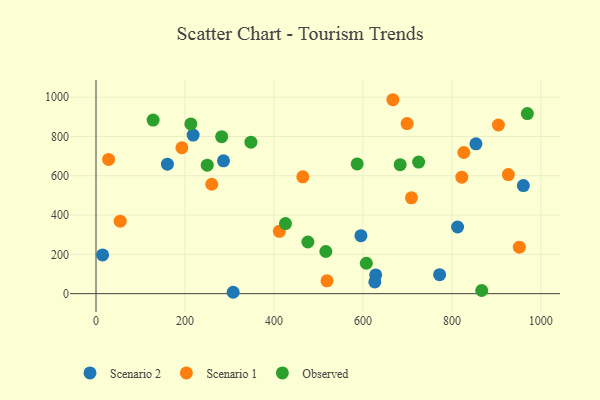
{"axis": {"x": "Experience", "y": "Demand"}, "legend": ["Observed", "Scenario 1", "Scenario 2"], "data": [{"x": "218.3", "y": 807.1, "type": "Scenario 2"}, {"x": "812.8", "y": 339.2, "type": "Scenario 2"}, {"x": "286.6", "y": 675.8, "type": "Scenario 2"}, {"x": "628.7", "y": 95.5, "type": "Scenario 2"}, {"x": "772.4", "y": 96.7, "type": "Scenario 2"}, {"x": "160.5", "y": 658.9, "type": "Scenario 2"}, {"x": "595.5", "y": 295.0, "type": "Scenario 2"}, {"x": "14.9", "y": 197.0, "type": "Scenario 2"}, {"x": "308.3", "y": 7.0, "type": "Scenario 2"}, {"x": "854.1", "y": 762.6, "type": "Scenario 2"}, {"x": "960.7", "y": 550.2, "type": "Scenario 2"}, {"x": "626.8", "y": 59.6, "type": "Scenario 2"}, {"x": "709.1", "y": 487.7, "type": "Scenario 1"}, {"x": "904.6", "y": 858.4, "type": "Scenario 1"}, {"x": "826.9", "y": 718.3, "type": "Scenario 1"}, {"x": "519.2", "y": 65.1, "type": "Scenario 1"}, {"x": "28.3", "y": 683.4, "type": "Scenario 1"}, {"x": "926.9", "y": 606.1, "type": "Scenario 1"}, {"x": "193.1", "y": 742.5, "type": "Scenario 1"}, {"x": "667.4", "y": 987.0, "type": "Scenario 1"}, {"x": "464.9", "y": 594.8, "type": "Scenario 1"}, {"x": "699.3", "y": 865.4, "type": "Scenario 1"}, {"x": "412.1", "y": 317.4, "type": "Scenario 1"}, {"x": "951.6", "y": 236.3, "type": "Scenario 1"}, {"x": "54.4", "y": 368.7, "type": "Scenario 1"}, {"x": "822.3", "y": 592.8, "type": "Scenario 1"}, {"x": "260.2", "y": 556.9, "type": "Scenario 1"}, {"x": "250.1", "y": 653.7, "type": "Observed"}, {"x": "516.7", "y": 214.6, "type": "Observed"}, {"x": "969.7", "y": 916.4, "type": "Observed"}, {"x": "867.1", "y": 16.1, "type": "Observed"}, {"x": "725.2", "y": 669.7, "type": "Observed"}, {"x": "425.9", "y": 356.6, "type": "Observed"}, {"x": "683.7", "y": 656.6, "type": "Observed"}, {"x": "476.3", "y": 262.9, "type": "Observed"}, {"x": "607.7", "y": 154.8, "type": "Observed"}, {"x": "128.4", "y": 883.6, "type": "Observed"}, {"x": "213.2", "y": 863.7, "type": "Observed"}, {"x": "587.1", "y": 660.4, "type": "Observed"}, {"x": "348.2", "y": 771.1, "type": "Observed"}, {"x": "282.5", "y": 798.9, "type": "Observed"}]}